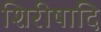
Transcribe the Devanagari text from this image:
शिरीषादि